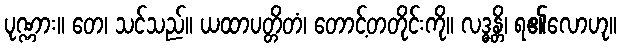
ပုဏ္ဏား။ တေ၊ သင်သည်။ ယထာပတ္တိတံ၊ တောင့်တတိုင်းကို။ လဒ္ဓန္တိ၊ ရ၏လောဟု။